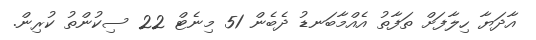
އާދަޔާ ހިލާފަށް ތަފާތު އެއްމާބަނޑު ދެބެން 51 މިނެޓް 22 ސިކުންތު ކުރިން.